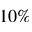
1 0 \%